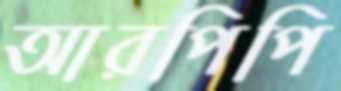
আরপিপি